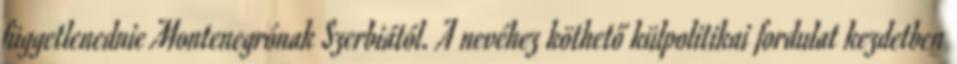
függetlenednie Montenegrónak Szerbiától. A nevéhez köthető külpolitikai fordulat kezdetben